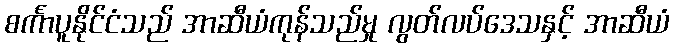
စင်္ကာပူနိုင်ငံသည် အာဆီယံကုန်သည်မှု လွတ်လပ်ဒေသနှင့် အာဆီယံ